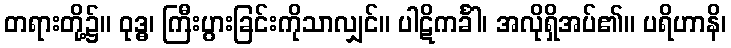
တရားတို့၌။ ဝုဒ္ဓ၊ ကြီးပွားခြင်းကိုသာလျှင်။ ပါဋိကင်္ခါ၊ အလိုရှိအပ်၏။ ပရိဟာနိ၊